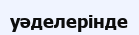
уәделерінде